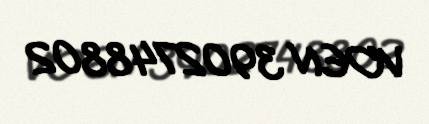
VOEN 3902748802